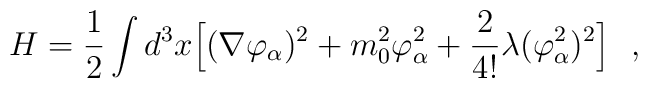
H = {1 \over 2} \int d^3 x \Bigl[ (\nabla \varphi_{\alpha})^2 + m_0^2 \varphi_{\alpha}^2 + {2 \over {4 !}} \lambda ( \varphi_{\alpha}^2 )^2 \Bigr] \ \ ,